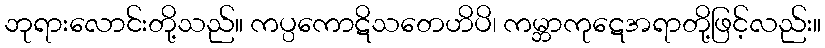
ဘုရားလောင်းတို့သည်။ ကပ္ပကောဋိသတေဟိပိ၊ ကမ္ဘာကုဋေအရာတို့ဖြင့်လည်း။